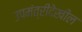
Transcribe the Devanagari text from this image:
उपमंत्रीदेखील